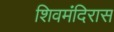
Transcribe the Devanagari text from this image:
शिवमंदिरास